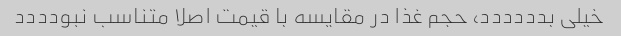
خیلی بدددددد، حجم غذا در مقایسه با قیمت اصلا متناسب نبودددد